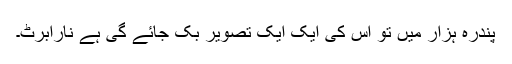
پندرہ ہزار میں تو اس کی ایک ایک تصویر بک جائے گی ہے نارابرٹ۔